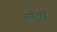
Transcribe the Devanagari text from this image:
सृष्टीमधें